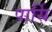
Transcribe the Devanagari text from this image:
पार्सि